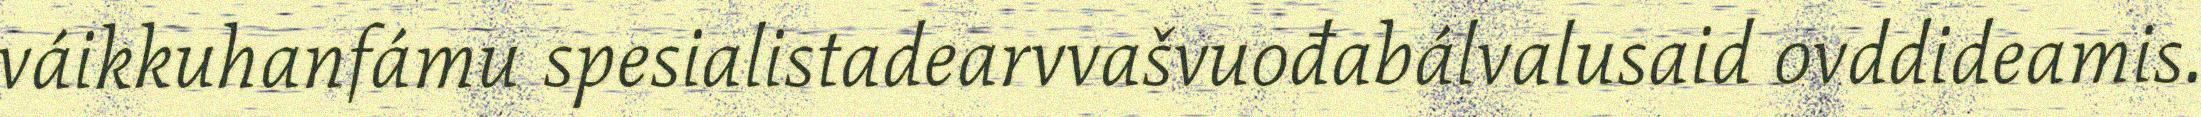
váikkuhanfámu spesialistadearvvašvuođabálvalusaid ovddideamis.